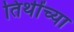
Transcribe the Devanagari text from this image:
तिथींच्या